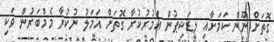
ގޮތަށް ނޫން ކަމަށާއި ލީޑަޝިޕުން އަމުރުކުރާ ގޮތަށް އަމަލު ނުކުރާ މެމްބަރުން ވަކި